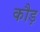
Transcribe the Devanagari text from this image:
कौड़